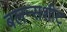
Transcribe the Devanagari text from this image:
बलन्सशीट